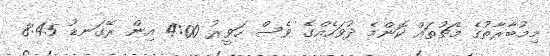
މިމުބާރާތުގެ މެޗުތައް ކޮންމެ ދުވަހެއްގެ ވެސް ހަވީރު 4:00 އިން ރޭގަނޑު 8:45